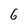
Character: 6